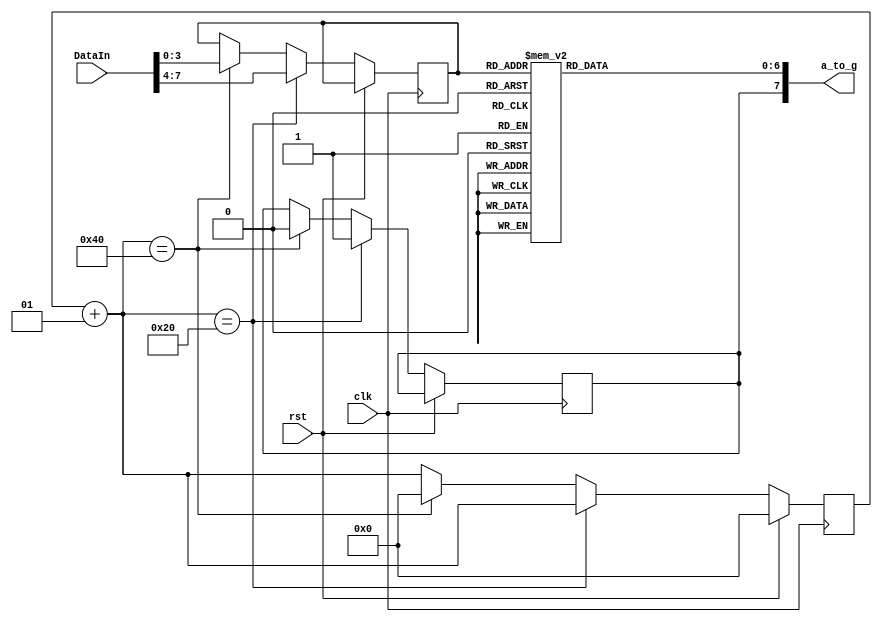
`timescale 1ns / 1ps

module SevenSegDisplay(input clk, input rst, input [7:0]DataIn, output reg [7:0]a_to_g);
   reg [3:0]data;
   integer counter;

   always @(posedge clk)
      begin
         if (rst)
            counter = 0;
         else
            begin
               counter = counter +1;
               if (counter == 32)
                  begin
                     data = DataIn[7:4];
                     a_to_g[7] = 1; // first digit
                  end
               else if (counter == 64)
                  begin
                     data = DataIn [3:0];
                     a_to_g[7] = 0; // second digit
                     counter = 0; // reset counter
                  end
            end
      end

   always @(*)
     begin
         case(data)
         4'b0000: a_to_g[6:0] = 7'b1111110;
         4'b0001: a_to_g[6:0] = 7'b0110000;
         4'b0010: a_to_g[6:0] = 7'b1101101;
         4'b0011: a_to_g[6:0] = 7'b1111001;
         4'b0100: a_to_g[6:0] = 7'b0110011;
         4'b0101: a_to_g[6:0] = 7'b1011011;
         4'b0110: a_to_g[6:0] = 7'b1011111;
         4'b0111: a_to_g[6:0] = 7'b1110000;
         4'b1000: a_to_g[6:0] = 7'b1111111;
         4'b1001: a_to_g[6:0] = 7'b1111011;
         4'b1010: a_to_g[6:0] = 7'b1110111;
         4'b1011: a_to_g[6:0] = 7'b0011111;
         4'b1100: a_to_g[6:0] = 7'b1001110;
         4'b1101: a_to_g[6:0] = 7'b0111101;
         4'b1110: a_to_g[6:0] = 7'b1001111;
         4'b1111: a_to_g[6:0] = 7'b1000111;
         default: a_to_g[6:0] = 7'b0000001; // -
      endcase
     end

endmodule